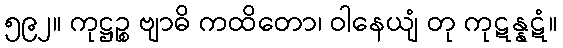
၅၉၂။ ကုဋ္ဌဉ္စ ဗျာဓိ ကထိတော၊ ဝါနေယျံ တု ကုဋန္နဋံ။